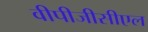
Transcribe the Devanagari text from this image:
वीपीजीसीएल